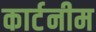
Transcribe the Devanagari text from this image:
कार्टनीम